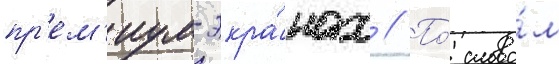
пр'ем'иум-экра́нах // По́ слова́м